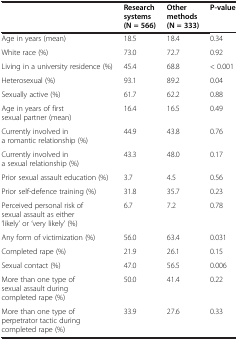
<table><thead><tr><td></td><td><b>Research systems (N = 566)</b></td><td><b>Other methods (N = 333)</b></td><td><b>P-value</b></td></tr></thead><tbody><tr><td>Age in years (mean)</td><td>18.5</td><td>18.4</td><td>0.34</td></tr><tr><td>White race (%)</td><td>73.0</td><td>72.7</td><td>0.92</td></tr><tr><td>Living in a university residence (%)</td><td>45.4</td><td>68.8</td><td>&lt; 0.001</td></tr><tr><td>Heterosexual (%)</td><td>93.1</td><td>89.2</td><td>0.04</td></tr><tr><td>Sexually active (%)</td><td>61.7</td><td>62.2</td><td>0.88</td></tr><tr><td>Age in years of first sexual partner (mean)</td><td>16.4</td><td>16.5</td><td>0.49</td></tr><tr><td>Currently involved in a romantic relationship (%)</td><td>44.9</td><td>43.8</td><td>0.76</td></tr><tr><td>Currently involved in a sexual relationship (%)</td><td>43.3</td><td>48.0</td><td>0.17</td></tr><tr><td>Prior sexual assault education (%)</td><td>3.7</td><td>4.5</td><td>0.56</td></tr><tr><td>Prior self-defence training (%)</td><td>31.8</td><td>35.7</td><td>0.23</td></tr><tr><td>Perceived personal risk of sexual assault as either ‘likely’ or ‘very likely’ (%)</td><td>6.7</td><td>7.2</td><td>0.78</td></tr><tr><td>Any form of victimization (%)</td><td>56.0</td><td>63.4</td><td>0.031</td></tr><tr><td>Completed rape (%)</td><td>21.9</td><td>26.1</td><td>0.15</td></tr><tr><td>Sexual contact (%)</td><td>47.0</td><td>56.5</td><td>0.006</td></tr><tr><td>More than one type of sexual assault during completed rape (%)</td><td>50.0</td><td>41.4</td><td>0.22</td></tr><tr><td>More than one type of perpetrator tactic during completed rape (%)</td><td>33.9</td><td>27.6</td><td>0.33</td></tr></tbody></table>